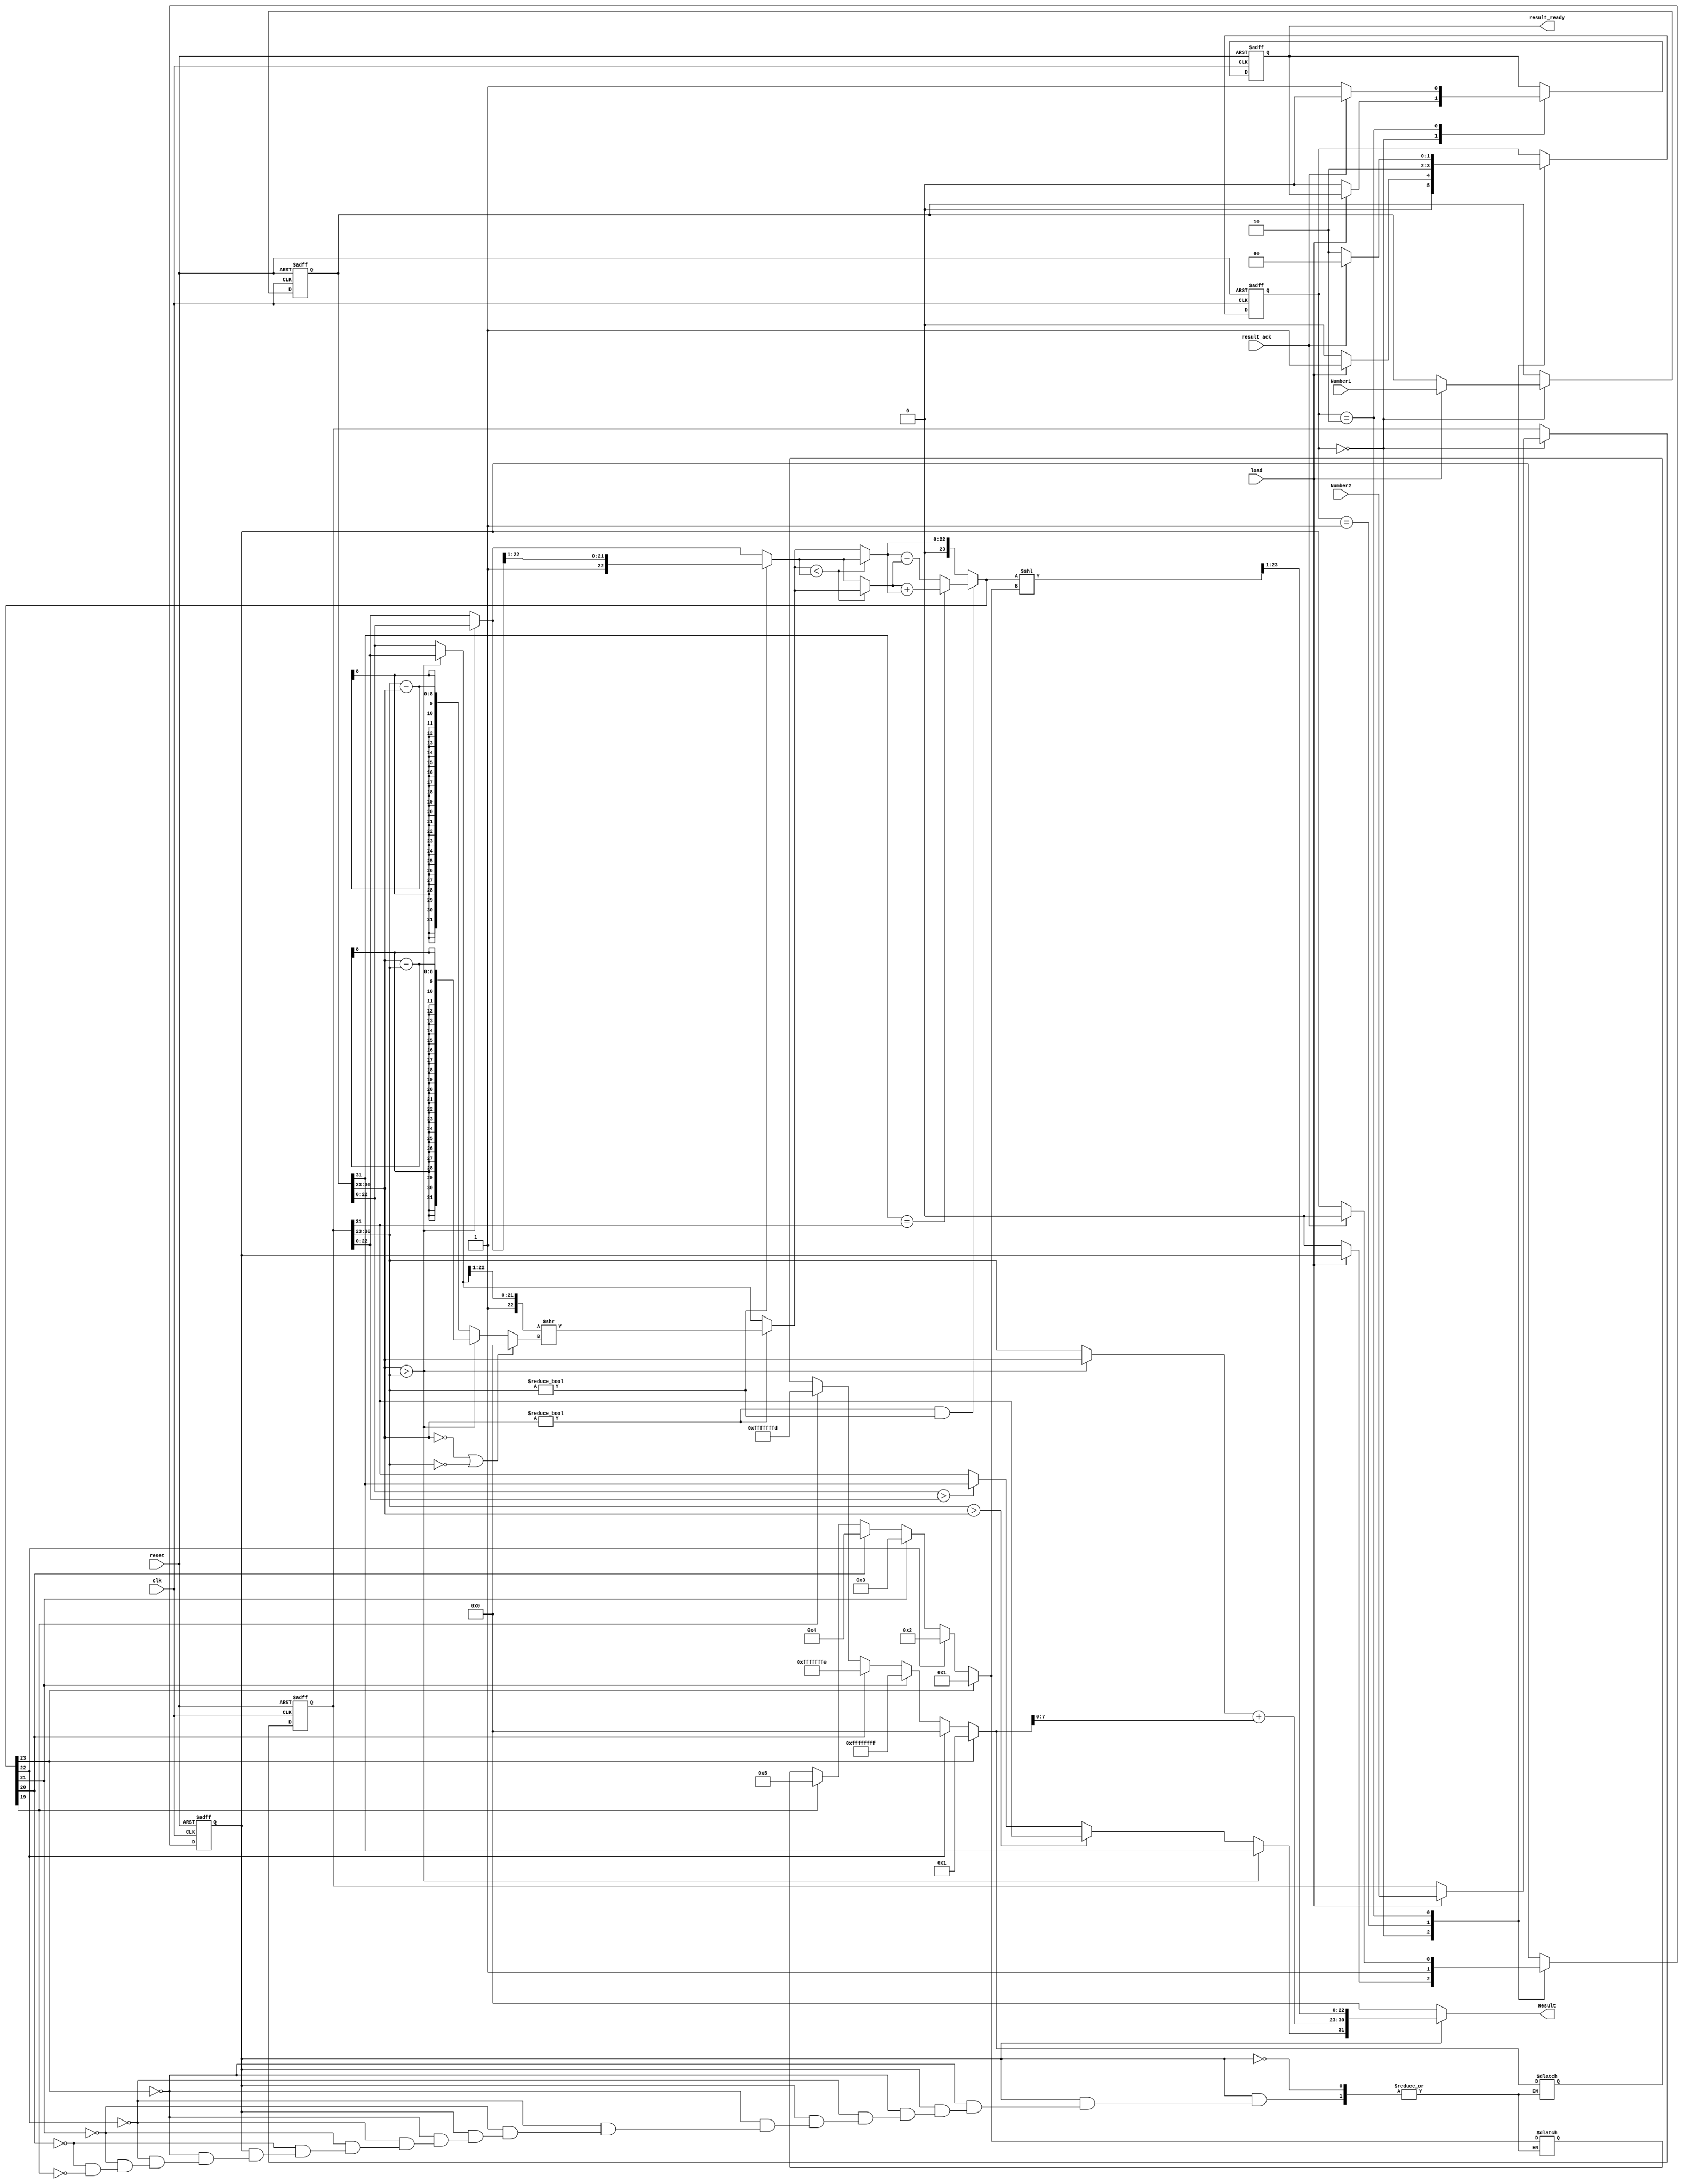
`timescale 1ns / 1ps
//////////////////////////////////////////////////////////////////////////////////
// Company: 
// Engineer: 
// 
// Design Name: 
// Module Name: adder
// Project Name: 
// Target Devices: 
// Tool Versions: 
// Description: 
// 
// Dependencies: 
// 
// Revision:
// Revision 0.01 - File Created
// Additional Comments:
// 
//////////////////////////////////////////////////////////////////////////////////


module adder(
input clk,
input reset, 
input load,
input [31:0]Number1, 
input [31:0]Number2, 
input result_ack,
output [31:0]Result,
output reg result_ready
);
    localparam get_input = 0;
    localparam calculate = 1;
    localparam final = 2;
    
    reg [31:0] number1_copy;
    reg [31:0] number2_copy;
    reg start = 0;
    reg [1:0] state;
    reg    [31:0] Num_shift_80; 
    reg    [7:0]  Larger_exp_80,Final_expo_80;
    reg    [22:0] Small_exp_mantissa_80,S_mantissa_80,L_mantissa_80,Large_mantissa_80,Final_mant_80;
    reg    [23:0] Add_mant_80,Add1_mant_80;
    reg    [7:0]  e1_80,e2_80;
    reg    [22:0] m1_80,m2_80;
    reg           s1_80,s2_80,Final_sign_80;
    reg    [3:0]  renorm_shift_80;
    integer signed   renorm_exp_80;
    //reg           renorm_exp_80;
    reg    [31:0] Result_80;

    assign Result = Result_80;


    always @(*) begin
        //stage 1
        if (start) begin
            e1_80 = number1_copy[30:23];
            e2_80 = number2_copy[30:23];
                m1_80 = number1_copy[22:0];
            m2_80 = number2_copy[22:0];
            s1_80 = number1_copy[31];
            s2_80 = number2_copy[31];
                
                if (e1_80  > e2_80) begin
                    Num_shift_80           = e1_80 - e2_80;              // number of mantissa shift
                    Larger_exp_80           = e1_80;                     // store lower exponent
                    Small_exp_mantissa_80  = m2_80;
                    Large_mantissa_80      = m1_80;
                end
                
                else begin
                    Num_shift_80           = e2_80 - e1_80;
                    Larger_exp_80           = e2_80;
                    Small_exp_mantissa_80  = m1_80;
                    Large_mantissa_80      = m2_80;
                end
        
            if (e1_80 == 0 | e2_80 ==0) begin
                Num_shift_80 = 0;
            end
            else begin
                Num_shift_80 = Num_shift_80;
            end
            
            
                
                //stage 2
                //if check both for normalization then append 1 and shift
            if (e1_80 != 0) begin
                    Small_exp_mantissa_80  = {1'b1,Small_exp_mantissa_80[22:1]};
                Small_exp_mantissa_80  = (Small_exp_mantissa_80 >> Num_shift_80);
                end
            else begin
                Small_exp_mantissa_80 = Small_exp_mantissa_80;
            end
        
            if (e2_80!= 0) begin
                    Large_mantissa_80      = {1'b1,Large_mantissa_80[22:1]};
            end
            else begin
                Large_mantissa_80 = Large_mantissa_80;
            end
        
                    //else do what to do for denorm field
                    
        
                //stage 3
                                                            //check if exponent are equal
                    if (Small_exp_mantissa_80  < Large_mantissa_80) begin
                        //Small_exp_mantissa_80 = ((~ Small_exp_mantissa_80 ) + 1'b1);
                //$display("what small_exp:%b",Small_exp_mantissa_80);
                S_mantissa_80 = Small_exp_mantissa_80;
                L_mantissa_80 = Large_mantissa_80;
                    end
                    else begin
                        //Large_mantissa_80 = ((~ Large_mantissa_80 ) + 1'b1);
                //$display("what large_exp:%b",Large_mantissa_80);
                    
                S_mantissa_80 = Large_mantissa_80;
                L_mantissa_80 = Small_exp_mantissa_80;
                     end       
                //stage 4
                //add the two mantissa's
            
            if (e1_80!=0 & e2_80!=0) begin
                if (s1_80 == s2_80) begin
                        Add_mant_80 = S_mantissa_80 + L_mantissa_80;
                end else begin
                    Add_mant_80 = L_mantissa_80 - S_mantissa_80;
                end
            end	
            else begin
                Add_mant_80 = L_mantissa_80;
            end
                 
            //renormalization for mantissa and exponent
            if (Add_mant_80[23]) begin
                renorm_shift_80 = 4'd1;
                renorm_exp_80 = 4'd1;
            end
            else if (Add_mant_80[22])begin
                renorm_shift_80 = 4'd2;
                renorm_exp_80 = 0;		
            end
            else if (Add_mant_80[21])begin
                renorm_shift_80 = 4'd3; 
                renorm_exp_80 = -1;
            end 
            else if (Add_mant_80[20])begin
                renorm_shift_80 = 4'd4; 
                renorm_exp_80 = -2;		
            end  
            else if (Add_mant_80[19])begin
                renorm_shift_80 = 4'd5; 
                renorm_exp_80 = -3;		
            end      
        
            //stage 5
            // if e1==e2, no shift for exp
                Final_expo_80 =  Larger_exp_80 + renorm_exp_80;
            
            Add1_mant_80 = Add_mant_80 << renorm_shift_80;
        
            Final_mant_80 = Add1_mant_80[23:1];  	
        
                
            if (s1_80 == s2_80) begin
                Final_sign_80 = s1_80;
            end 
        
            if (e1_80 > e2_80) begin
                Final_sign_80 = s1_80;	
            end else if (e2_80 > e1_80) begin
                Final_sign_80 = s2_80;
            end
            else begin
        
                if (m1_80 > m2_80) begin
                    Final_sign_80 = s1_80;		
                end else begin
                    Final_sign_80 = s2_80;
                end
            end	
            
            Result_80 = {Final_sign_80,Final_expo_80,Final_mant_80}; 
        end
        else begin
            Result_80 = 0;
        end
    end
    
    always @(posedge clk, negedge reset) begin
            if(!reset) begin
                Num_shift_80 <= #1 0;
                state <= get_input;
                number1_copy <= 0;
                number2_copy <= 0;
                start <= 0;
                result_ready <= 0;
            end
            else begin
                case (state)
                    get_input: begin
                        if (load) begin
                            number1_copy <= Number1;
                            number2_copy <= Number2;
                            state <= calculate;
                        end
                        else begin
                            state <= get_input;
                            start <= 0;
                            result_ready <= 0;
                        end
                    end
                    calculate: begin
                        start <= 1;
                        state <= final;
                    end
                    final: begin
                        result_ready <= 1;
                        if (result_ack) begin
                            state <= get_input;
                            result_ready <= 0;
                            start <= 0;
                        end 
                        else begin
                            state <= final;
                        end
                    end
                endcase
            end
    end
endmodule